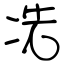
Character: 冼